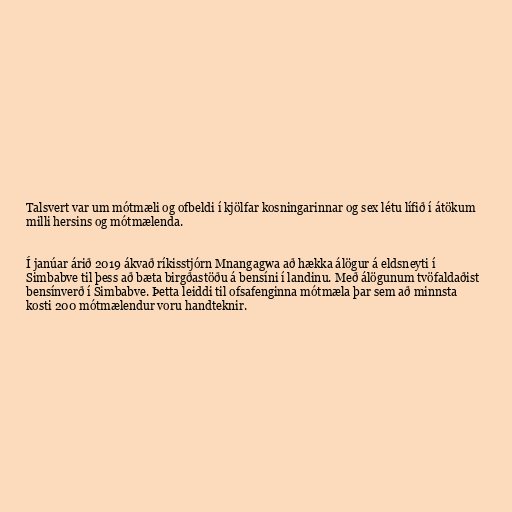
Talsvert var um mótmæli og ofbeldi í kjölfar kosningarinnar og sex létu lífið í átökum
milli hersins og mótmælenda.

Í janúar árið 2019 ákvað ríkisstjórn Mnangagwa að hækka álögur á eldsneyti í
Simbabve til þess að bæta birgðastöðu á bensíni í landinu. Með álögunum tvöfaldaðist
bensínverð í Simbabve. Þetta leiddi til ofsafenginna mótmæla þar sem að minnsta
kosti 200 mótmælendur voru handteknir.